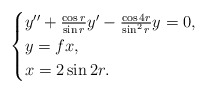
\begin{align*}\begin{cases}y''+ \frac{\cos r}{\sin r} y'-\frac{\cos4r}{\sin^2r}y=0,\\y=fx,\\x=2\sin2r.\end{cases}\end{align*}